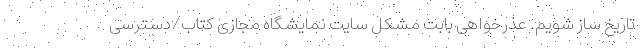
تاریخ ساز شویم. عذرخواهی بابت مشکل سایت نمایشگاه مجازی کتاب/دسترسی